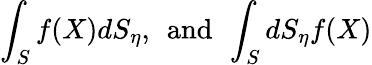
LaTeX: \int_{S}f(X)dS_{\eta},\; \, \mathrm{and}\, \; \int_{S}dS_{\eta}f(X)